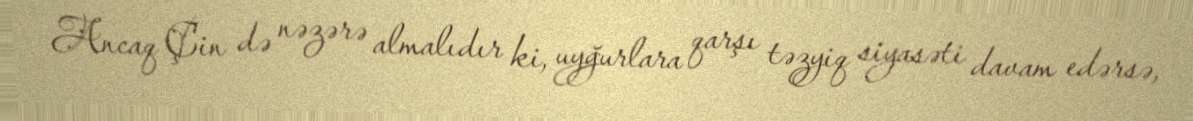
Ancaq Çin də nəzərə almalıdır ki, uyğurlara qarşı təzyiq siyasəti davam edərsə,